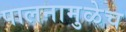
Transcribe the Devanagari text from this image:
पालनामुळेच